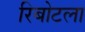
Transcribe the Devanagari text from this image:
रिबोटला